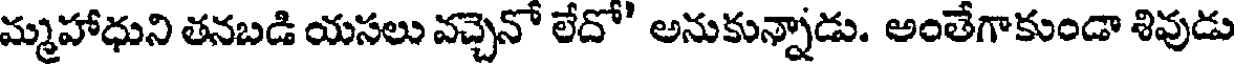
మ్మహాధుని తనబడి యసలు వచ్చెనో లేదో' అనుకున్నాడు. అంతేగాకుండా శివుడు